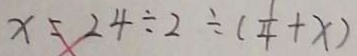
x = 2 4 \div 2 \div ( \frac { 1 } { 4 } + x )